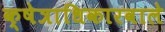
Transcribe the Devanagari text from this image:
क्षेत्राधिकारवाले